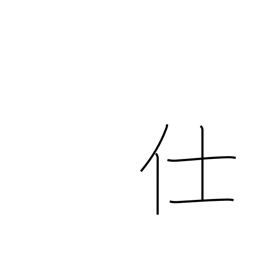
Meaning: attend